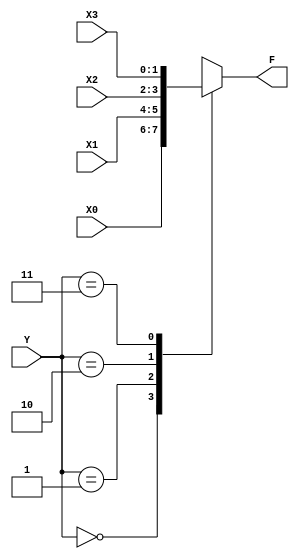
module Experiment_1(
	input [1:0] X0,
	input [1:0] X1,
	input [1:0] X2,
	input [1:0] X3,
	input [1:0] Y,
	output reg [1:0] F
);
	always @ (X0 or X1 or X2 or X3 or Y)
		case(Y)
			2'b00: F = X0;
			2'b01: F = X1;
			2'b10: F = X2;
			2'b11: F = X3;
			default : F = 2'b00;
		endcase

endmodule